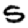
Digit: 5